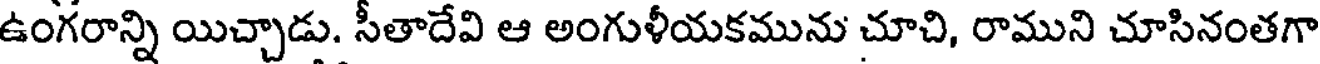
ఉంగరాన్ని యిచ్చాడు. సీతాదేవి ఆ అంగుళీయకమును చూచి, రాముని చూసినంతగా